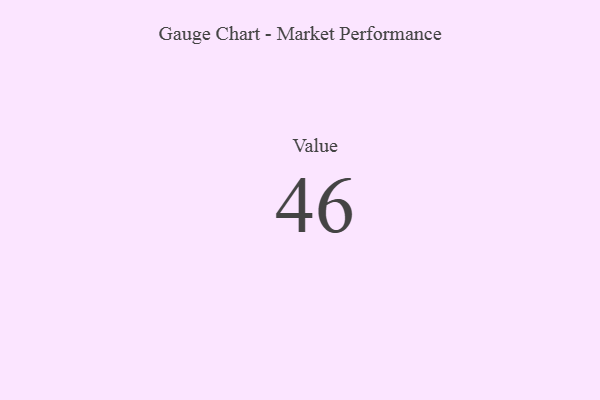
{"axis": {"x": "Metric", "y": "Value"}, "legend": [""], "data": [{"x": "Value", "y": 46, "type": ""}]}